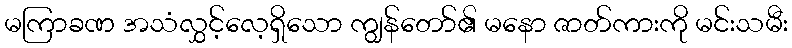
မကြာခဏ အသံလွှင့်လေ့ရှိသော ကျွန်တော်၏ မနော ဇာတ်ကားကို မင်းသမီး